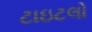
ટાઇટલો